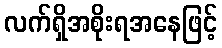
လက်ရှိအစိုးရအနေဖြင့်